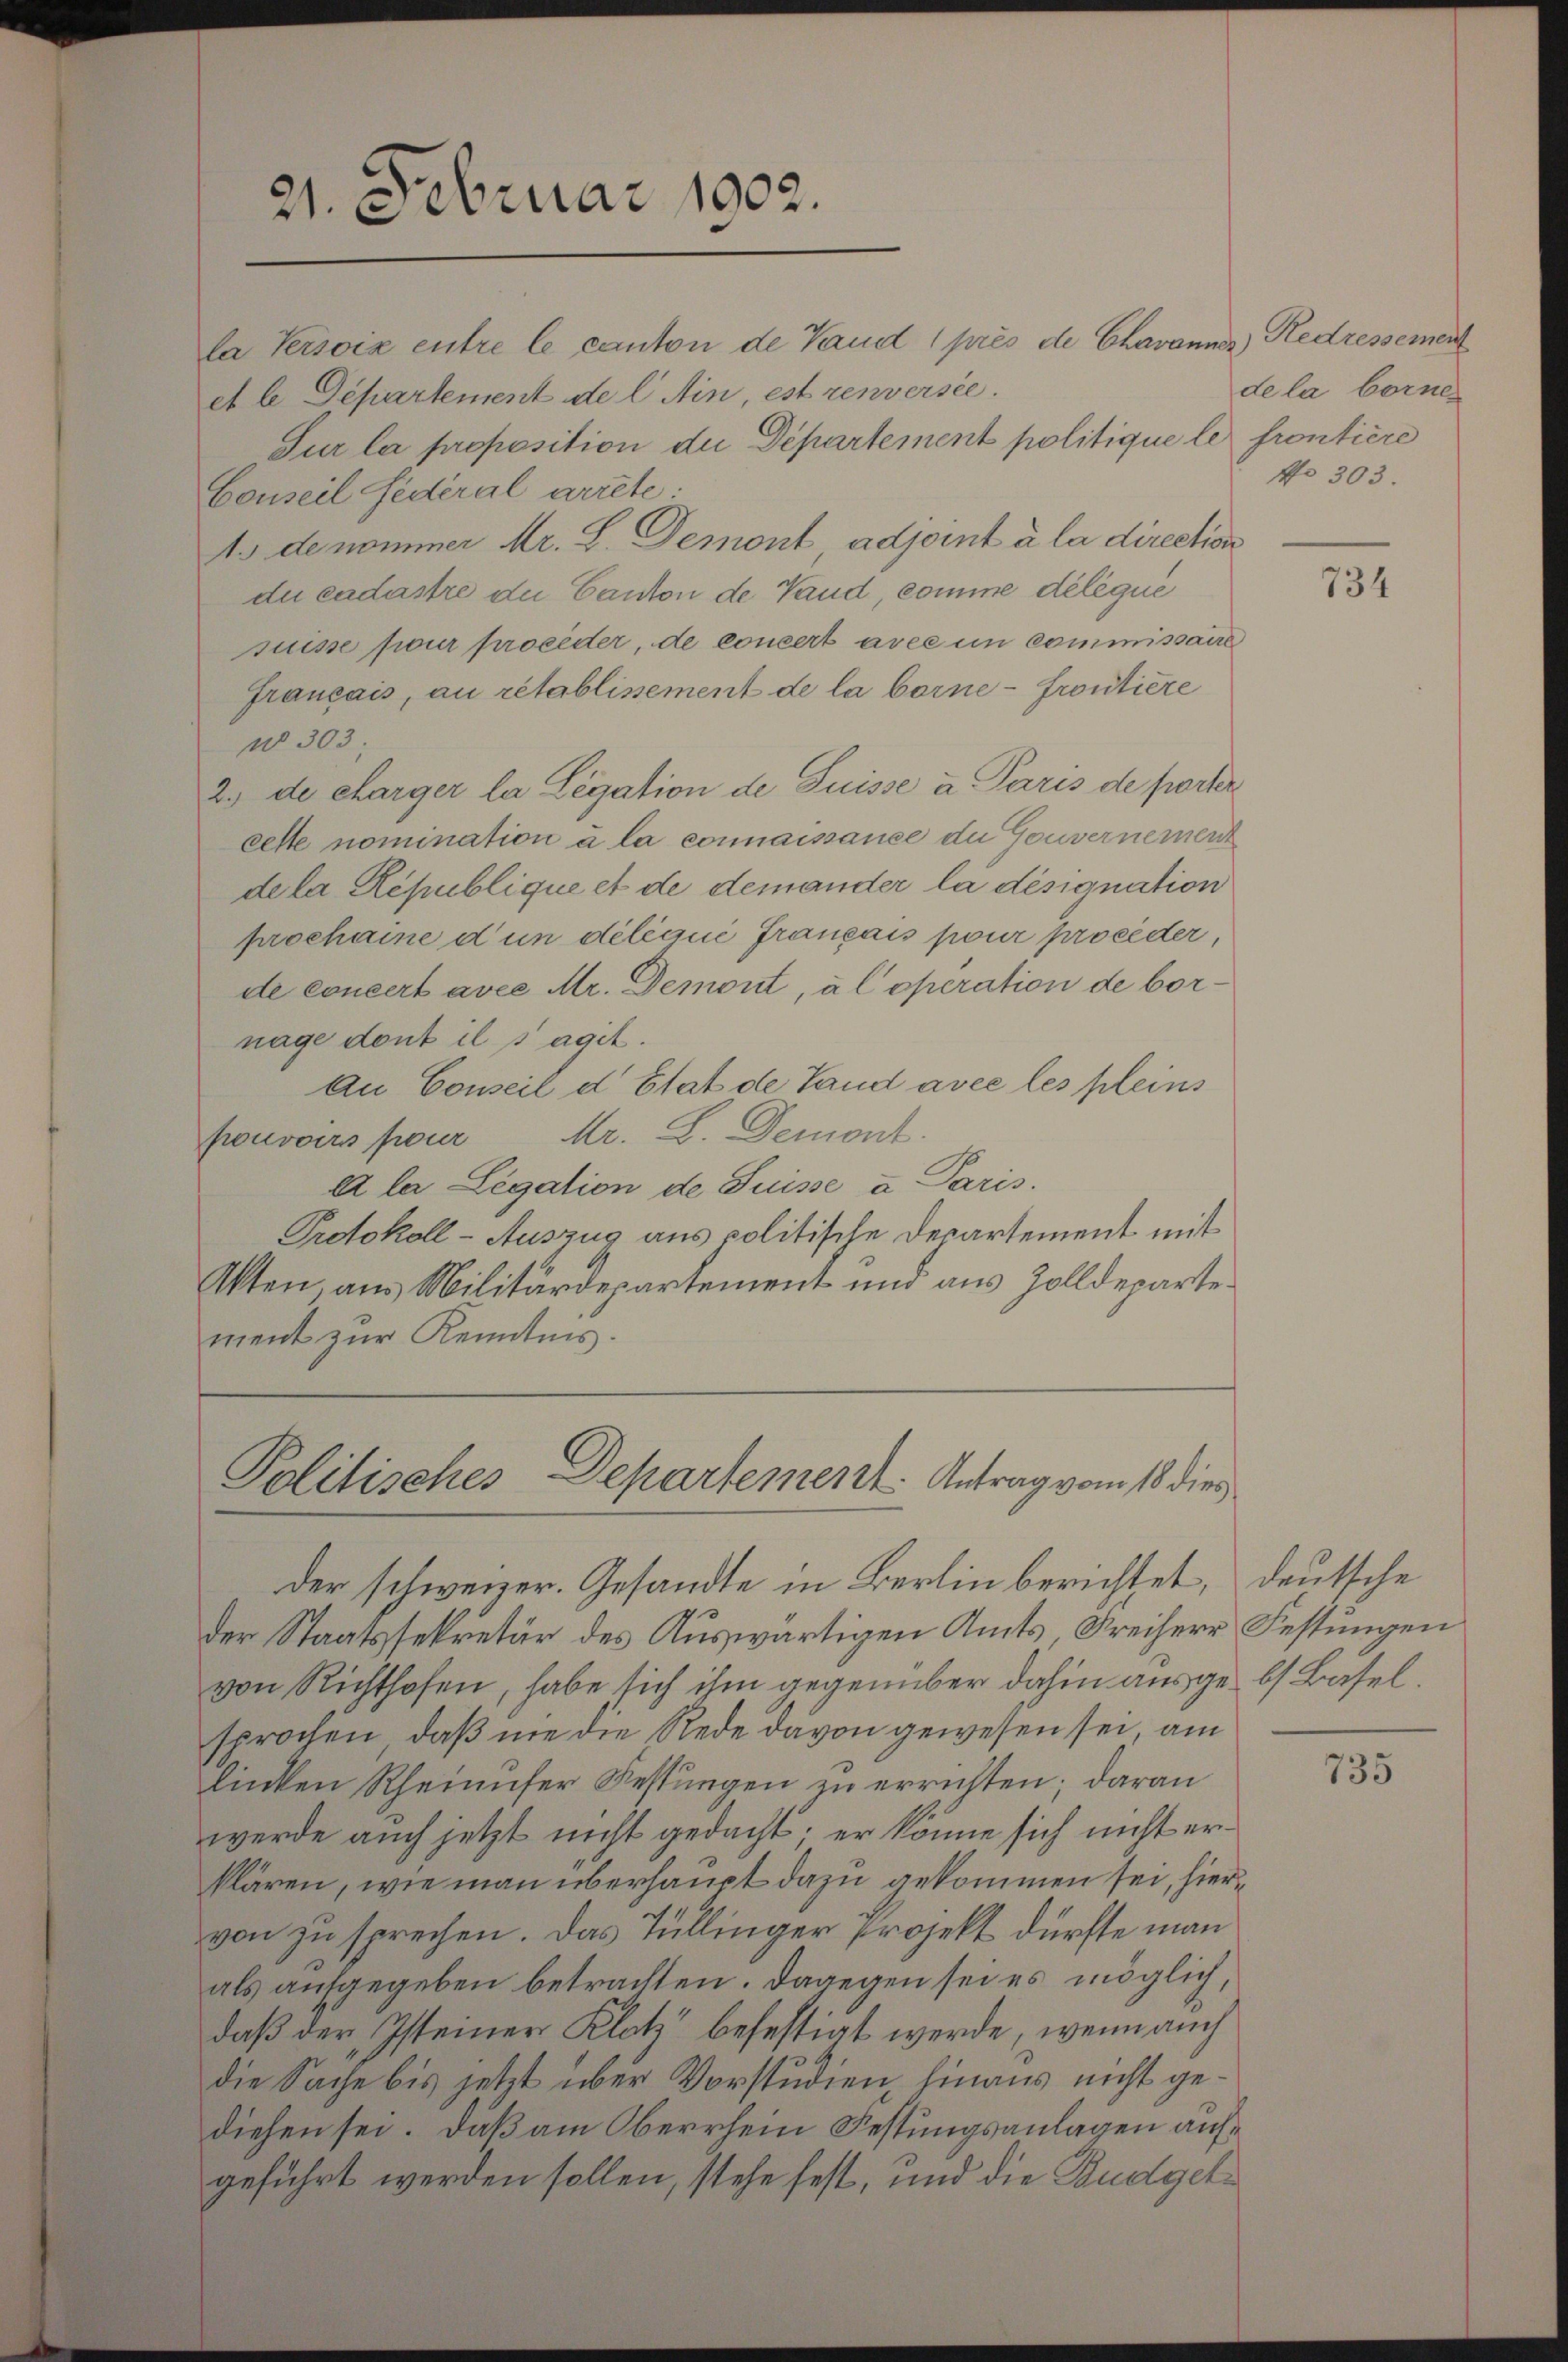
suisse pour proceder, de concert avec in Commissaire
français, au rétablissement de la borne - frontiere
w 303.
2.) de charger la Legation de Suisse a Paris de porter
cette nomination à la connaissance du Gouvernement
dela République et de demander la désignation
prochanne d un délégué Français pour proceder,
de concert avec Mr. Demont, al opération de bornage dont il s’agit.
An Conseil d’Etat de Land avec les pleins
pouvoirs pour Mr. L. Demont.
A la Legation de Suisse a Paris.
Protokoll-Auszug aus politische Departement mit
Akten, aus Militärdepartement und aus Zolldepartement zur Kenntnis.

21. Februar 1902.

la Persoix entre le canton de Vaud 1 près de Chavannes) Redressement
et le Departement de l Ain, est renversée.
Sur la proposition die Departement politique le frontiere
Conseil Federal arrete.
1. de nominer Mr. L. Demont adjoint à la direction
du cadastre du Canton de Vaud, comme délégue

Politisches Departement. Antrag vom 18 dies

der schweizer. Gesandte in Berlin berichtet, deutsche
der Staatssekretär des Auswärtigen Amts Freiherr Festungen
von Richthofen, habe sich ihm gegenüber dahin aus geb. Basel.
sprochen, daß nie die Rede davon gewesen sei, am
linken Rheinufer Restungen zu errichten; daran
werde auch jetzt nicht gedacht; er könne sich nicht erklären, wie man überhaupt dazu gekommen sei, hiervon zu sprechen. Das Tüllinger Projekt dürfte man
als aufgegeben betrachten. Dagegen sei es möglich,
daß der Isteiner Klatz befestigt werde, wenn auch
die Sache bis jetzt über Vorstudien hinaus nicht gediesen sei. Daß am Oberrhein Festungsanlagen aufgeführt werden sollen, stehe fest, und die Budget¬

de la bornen
No 303.

734

735